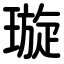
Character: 璇